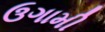
ઉગામી